Studies on the mouth parts a Comparative anatomy of the proboscis in the blood-sucking muscidae - Number 60
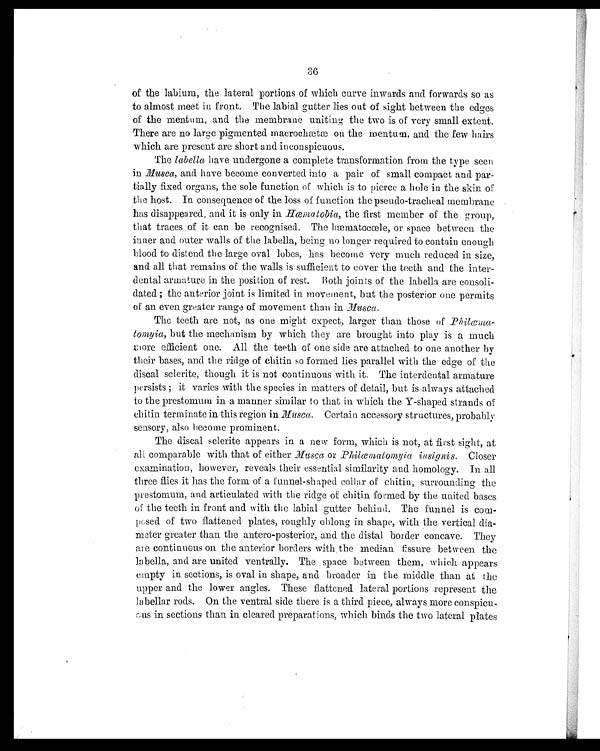
36
of the labium, the lateral portions of which curve inwards and forwards so as
to almost meet in front. The labial gutter lies out of sight between the edges
of the mentum, and the membrane uniting the two is of very small extent.
There are no large pigmented macrochætæ on the mentum, and the few hairs
which are present are short and inconspicuous.
The labella have undergone a complete transformation from the type seen
in Musca, and have become converted into a pair of small compact and par-
tially fixed organs, the sole function of which is to pierce a hole in the skin of
the host. In consequence of the loss of function the pseudo-tracheal membrane
has disappeared, and it is only in Hœmatobia, the first member of the group,
that traces of it can be recognised. The hæmatocœle, or space between the
inner and outer walls of the labella, being no longer required to contain enough
blood to distend the large oval lobes, has become very much reduced in size,
and all that remains of the walls is sufficient to cover the teeth and the inter-
dental armature in the position of rest. Both joints of the labella are consoli-
dated; the anterior joint is limited in movement, but the posterior one permits
of an even greater range of movement than in Musca .
The teeth are not, as one might expect, larger than those of Philœmia-
tomyia, but the mechanism by which they are brought into play is a much
more efficient one. All the teeth of one side are attached to one another by
their bases, and the ridge of chitin so formed lies parallel with the edge of the
discal sclerite, though it is not continuous with it. The interdental armature
persists ; it varies with the species in matters of detail, but is always attached
to the prestomum in a manner similar to that in which the Y-shaped strands of
chitin terminate in this region in Musca . Certain accessory structures, probably
sensory, also become. prominent.
The discal sclerite appears in a new form, which is not, at first sight, at
all comparable with that of either Musca or Philœmatomyia insignis . Closer
examination, however, reveals their essential similarity and homology. In all
three flies it has the form of a funnel-shaped collar of chitin, surrounding the
prestomum, and articulated with the ridge of chitin formed by the united bases
of the teeth in front and with the labial gutter behind. The funnel is com-
posed of two flattened plates, roughly oblong in shape, with the vertical dia-
meter greater than the antero-posterior, and the distal border concave. They
are continuous on the anterior borders with the median fissure between the
labella, and are united ventrally. The space between them, which appears
empty in sections, is oval in shape, and broader in the middle than at the
upper and the lower angles. These flattened lateral portions represent the
labellar rods. On the ventral side there is a third piece, always more conspicu-
cus in sections than in cleared preparations, which binds the two lateral plates